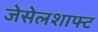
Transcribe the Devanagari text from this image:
जेसेलशाफ्ट